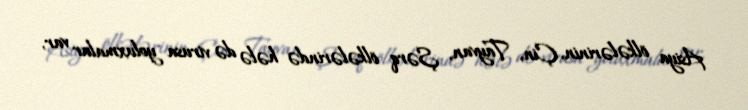
Asiya ölkələrinin, Çin, Tayvan, Şərq ölkələrində hələ də virusa yoluxmalar var,